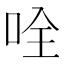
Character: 𠱴